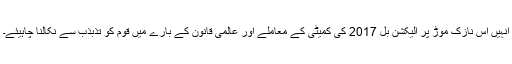
انہیں اس نازک موڑ پر الیکشن بل 2017 کی کمیٹی کے معاملے اور عالمی قانون کے بارے میں قوم کو تذبذب سے نکالنا چاہیئے۔